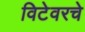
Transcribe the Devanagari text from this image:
विटेवरचे